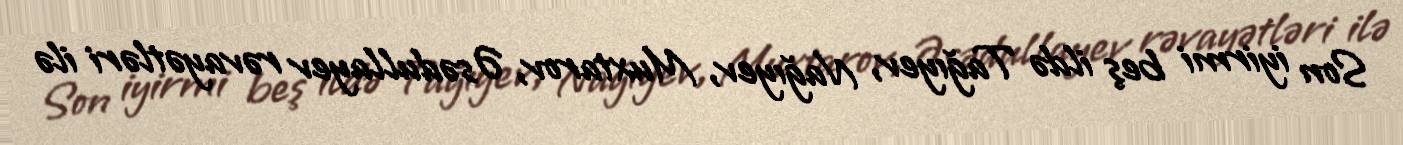
Son iyirmi beş ildə Tağıyev, Nağıyev, Muxtarov, Əsədullayev rəvayətləri ilə